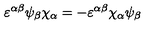
\varepsilon ^ { \alpha \beta } \psi _ { \beta } \chi _ { \alpha } = - \varepsilon ^ { \alpha \beta } \chi _ { \alpha } \psi _ { \beta }